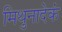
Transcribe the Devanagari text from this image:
मिथुनादेकं